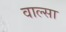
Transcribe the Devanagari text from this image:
वाल्सा